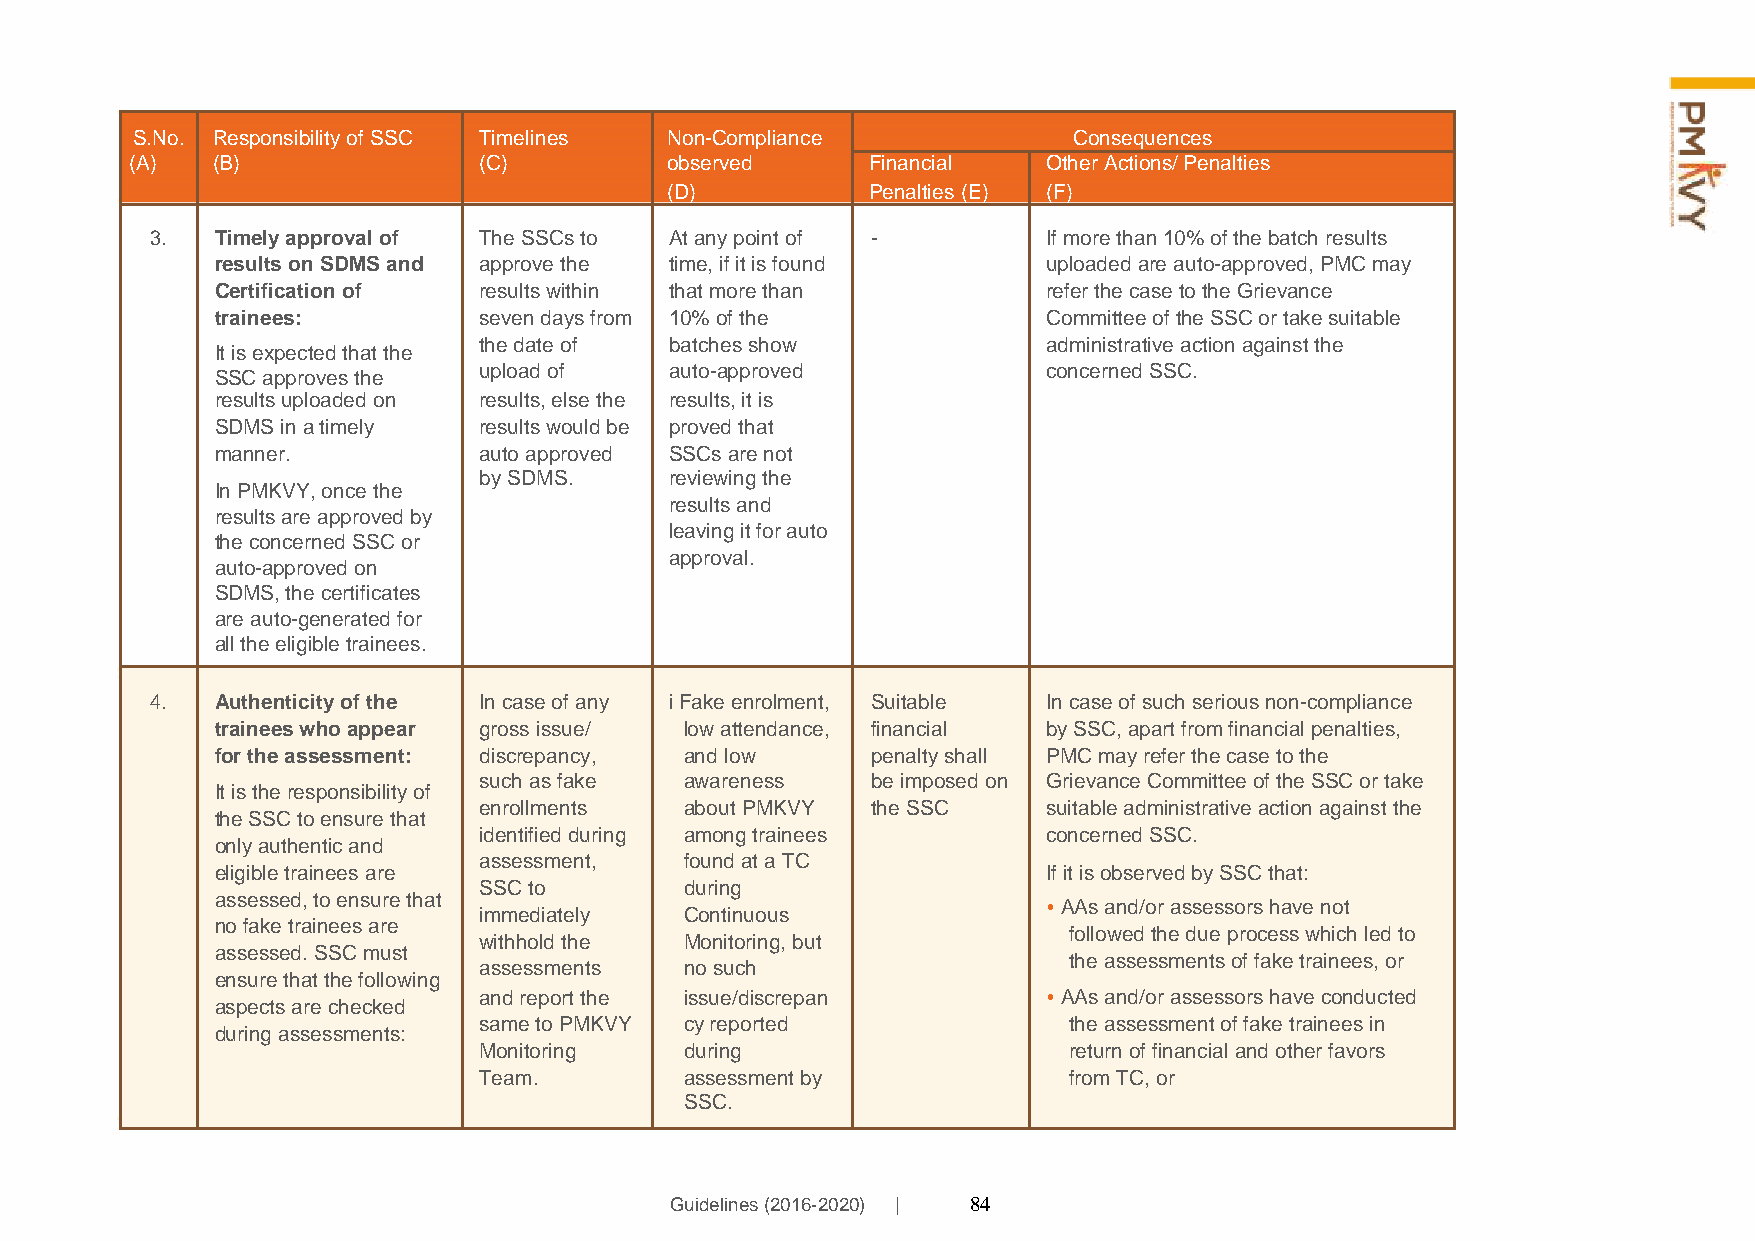
S.No. Responsibility of SSC Timelines Non-Compliance          Consequences
 (A)  (B)               (C)         observed      Financial  Other Actions/ Penalties
 (D)           Penalties (E) (F)
 3.  Timely approval of The SSCs to At any point of -       If more than 10% of the batch results
 results on SDMS and approve the time, if it is found   uploaded are auto-approved, PMC may
 Certification of  results within that more than        refer the case to the Grievance
 trainees:         seven days from 10% of the           Committee of the SSC or take suitable
 the date of batches show             administrative action against the
 It is expected that the
 SSC approves the
 upload of   auto-approved            concerned SSC.
 results uploaded on results, else the results, it is
 SDMS in a timely  results would be proved that
 manner.           auto approved SSCs are not
 by SDMS.    reviewing the
 In PMKVY, once the
 results and
 results are approved by
 leaving it for auto
 the concerned SSC or
 approval.
 auto-approved on
 SDMS, the certificates
 are auto-generated for
 all the eligible trainees.
 4.  Authenticity of the In case of any i Fake enrolment, Suitable In case of such serious non-compliance
 trainees who appear gross issue/ low attendance, financial by SSC, apart from financial penalties,
 for the assessment: discrepancy, and low    penalty shall PMC may refer the case to the
 such as fake awareness    be imposed on Grievance Committee of the SSC or take
 It is the responsibility of
 enrollments  about PMKVY  the SSC    suitable administrative action against the
 the SSC to ensure that
 identified during among trainees     concerned SSC.
 only authentic and
 assessment,  found at a TC
 eligible trainees are                                  If it is observed by SSC that:
 SSC to       during
 assessed, to ensure that
 immediately  Continuous
 • AAs and/or assessors have not
 no fake trainees are
 withhold the Monitoring, but
 followed the due process which led to
 assessed. SSC must
 assessments  no such
 the assessments of fake trainees, or
 ensure that the following
 aspects are checked
 and report the issue/discrepan       • AAs and/or assessors have conducted
 during assessments:
 same to PMKVY cy reported              the assessment of fake trainees in
 Monitoring   during                    return of financial and other favors
 Team.        assessment by             from TC, or
 SSC.
 Guidelines (2016-2020) | 84